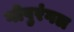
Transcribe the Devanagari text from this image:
गोपुरंगल